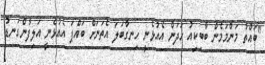
"ބައްތު މަންމަމެން ބާބިކިއު ހަދަން އެއުޅެނީ ހިނގާބަލަ އެތަނަށް ބައްޕަ އެއުޅެނީ އަލިފާންގަނޑު